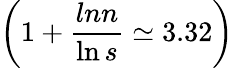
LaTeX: \left(1+\frac{lnn}{\ln s}\simeq 3.32\right)